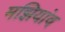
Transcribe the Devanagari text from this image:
मझियांव